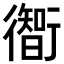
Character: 𫋰